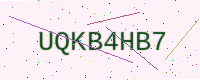
Text: UQKB4HB7